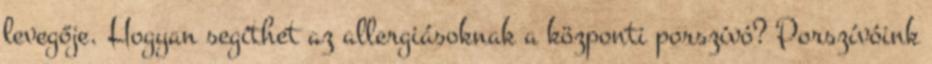
levegője. Hogyan segíthet az allergiásoknak a központi porszívó? Porszívóink